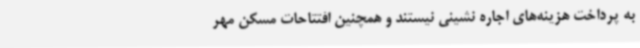
به پرداخت هزینه‌های اجاره نشینی نیستند و همچنین افتتاحات مسکن مهر